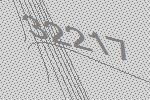
32217